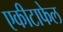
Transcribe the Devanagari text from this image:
एकीटाफेल